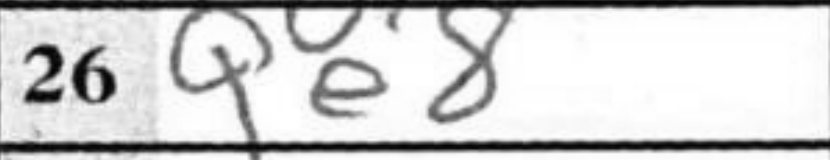
Transcription: Qe8